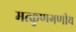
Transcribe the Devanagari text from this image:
मत्कुणगणीय